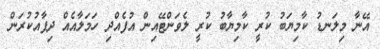
އޭނާ މިލަނޑު ކާމިޔަބު ކުރީ ކާމިޔާބު ކުރީ ލެވަންޓޭއިން އުފެއްދި ހަމަލާއެއް ދިފާއުކުރަން